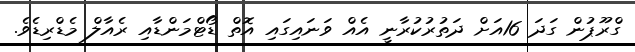
ގްރޫޕުން ގަދަ 16އަށް ދަތުރުކުރާނީ އެއް ވަނައިގައި އޮތް ޑޯޓްމަންޑާއި ރެއާލް މެޑްރިޑެވެ.